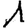
Digit: 1